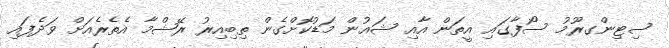
ސިޓިންގރޫމު ސޯފާގައި އީތަން އާއި ޝައުން މަޑުކޮށްގެން ތިބިއިރު ރޭޝްމާ އެތެރެއަށް ވަދެފައި